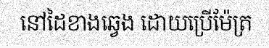
នៅដៃខាងឆ្វេង ដោយប្រើម៉ែត្រ